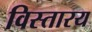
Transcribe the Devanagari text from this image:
विस्तारय